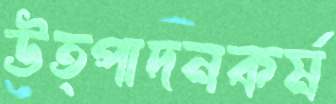
উত্পাদনকর্ম